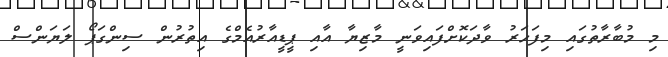
މި މުބާރާތުގައި މިފަހަރު ވާދަކޮށްފައިވަނީ މާޒިޔާ އާއި ޕީޑީއާރުއެމްގެ އިތުރުން ސިންގަޕޯ ލަޔަންސް